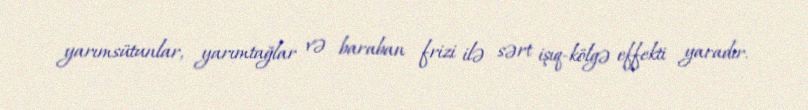
yarımsütunlar, yarımtağlar və baraban frizi ilə sərt işıq-kölgə effekti yaradır.